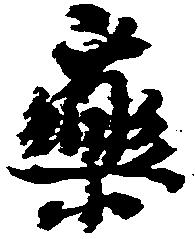
薬